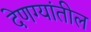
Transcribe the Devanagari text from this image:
देणग्यांतील